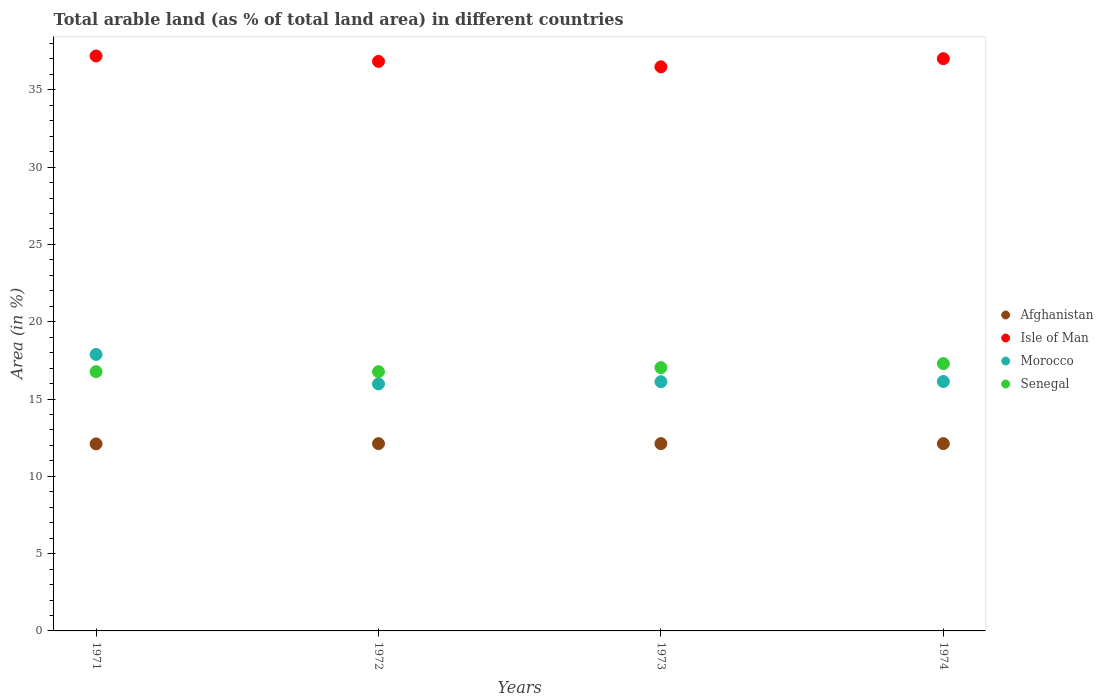
| Years | Afghanistan | Isle of Man | Morocco | Senegal |
 | --- | --- | --- | --- | --- |
 | 1971 | 12.1 | 37.2 | 17.9 | 16.8 |
 | 1972 | 12.1 | 36.8 | 16 | 16.8 |
 | 1973 | 12.1 | 36.5 | 16.1 | 17 |
 | 1974 | 12.1 | 37 | 16.1 | 17.3 |